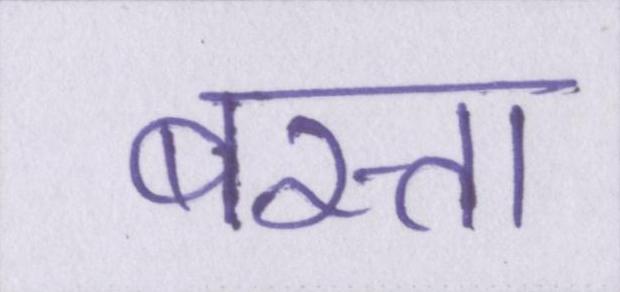
बस्ता